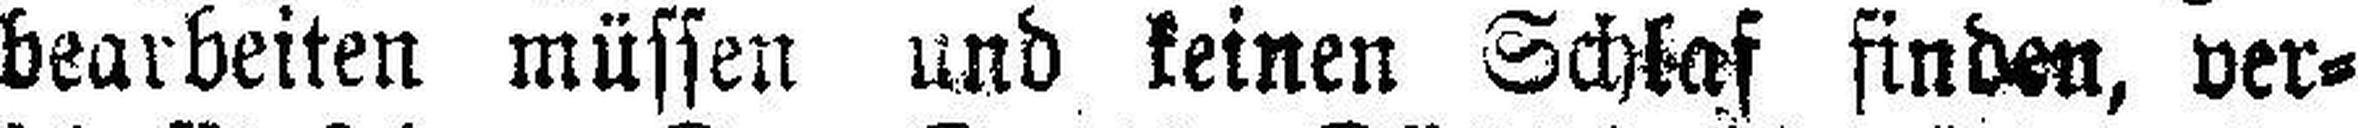
bearbeiten müssen und keinen Schlaf finden, ver¬